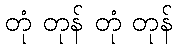
တုံ တုန် တုံ တုန်